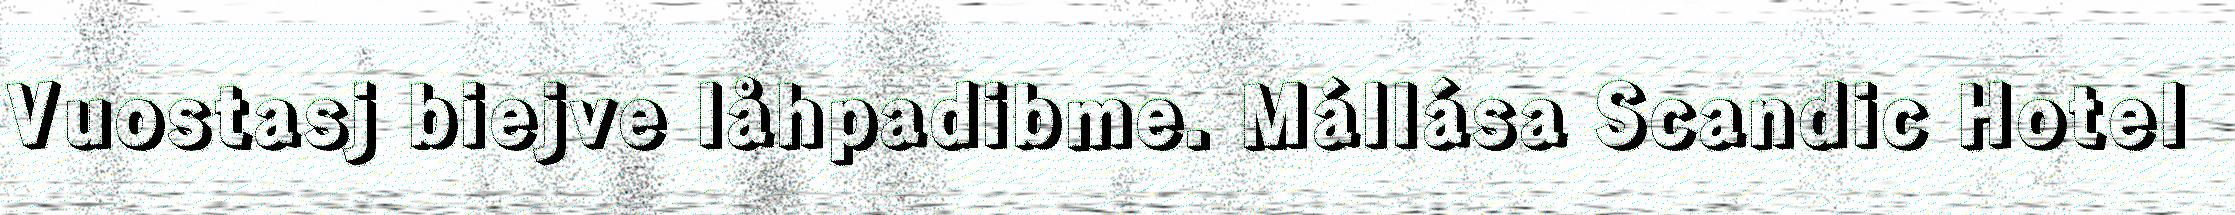
Vuostasj biejve låhpadibme. Mállása Scandic Hotel